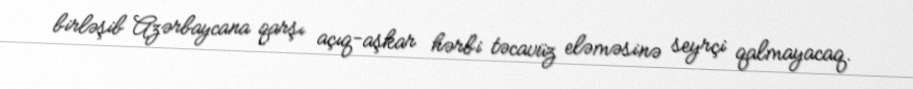
birləşib Azərbaycana qarşı açıq-aşkar hərbi təcavüz eləməsinə seyrçi qalmayacaq.